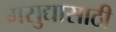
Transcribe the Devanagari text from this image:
मसुद्यासाठी